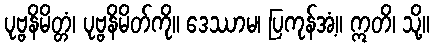
ပုဗ္ဗနိမိတ္တံ၊ ပုဗ္ဗနိမိတ်ကို။ ဒေဿာမ၊ ပြကုန်အံ့။ ဣတိ၊ သို့။